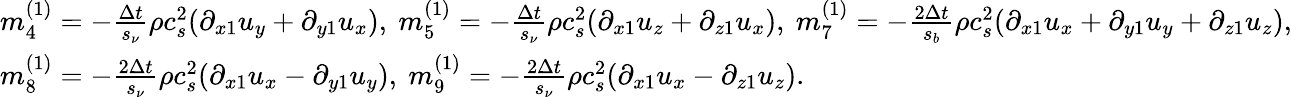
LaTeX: \begin{array}{l}{m_{4}^{(1)}=-\frac{{\Delta t}}{{{s_{\nu}}}}\rho c_{s}^{2}({\partial_{x1}}{u_{y}}+{\partial_{y1}}{u_{x}}),~m_{5}^{(1)}=-\frac{{\Delta t}}{{{s_{\nu}}}}\rho c_{s}^{2}({\partial_{x1}}{u_{z}}+{\partial_{z1}}{u_{x}}),~m_{7}^{(1)}=-\frac{{2\Delta t}}{{{s_{b}}}}\rho c_{s}^{2}({\partial_{x1}}{u_{x}}+{\partial_{y1}}{u_{y}}+{\partial_{z1}}{u_{z}}),}\\ {m_{8}^{(1)}=-\frac{{2\Delta t}}{{{s_{\nu}}}}\rho c_{s}^{2}({\partial_{x1}}{u_{x}}-{\partial_{y1}}{u_{y}}),~m_{9}^{(1)}=-\frac{{2\Delta t}}{{{s_{\nu}}}}\rho c_{s}^{2}({\partial_{x1}}{u_{x}}-{\partial_{z1}}{u_{z}}).}\end{array}